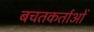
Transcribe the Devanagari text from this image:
बचतकर्ताओं